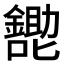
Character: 𱕩